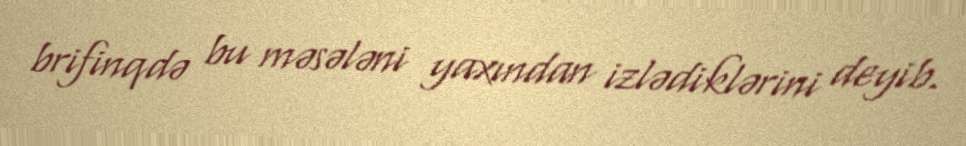
brifinqdə bu məsələni yaxından izlədiklərini deyib.